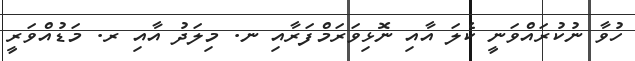
ހުވާ ނުކުރައްވަނީ ކެލަ އާއި ނޮޅިވަރަމްފަރާއި ނ. މިލަދު އާއި ރ. މަޑުއްވަރީ